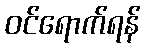
ဝင်ရောက်ရန်